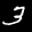
Label: 3